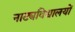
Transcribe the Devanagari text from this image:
नाट्यविद्यालयों